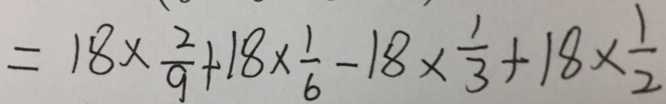
= 1 8 \times \frac { 2 } { 9 } + 1 8 \times \frac { 1 } { 6 } - 1 8 \times \frac { 1 } { 3 } + 1 8 \times \frac { 1 } { 2 }